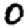
Digit: 0